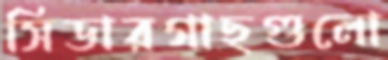
সিডারগাছগুলো